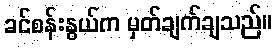
ခင်စန်းနွယ်က မှတ်ချက်ချသည်။